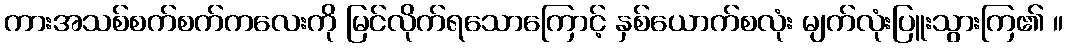
ကားအသစ်စက်စက်ကလေးကို မြင်လိုက်ရသောကြောင့် နှစ်ယောက်စလုံး မျက်လုံးပြူးသွားကြ၏ ။